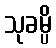
သုခမ္ပိ